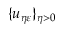
\{ u _ { \eta \varepsilon } \} _ { \eta > 0 }